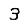
Digit: 3